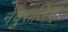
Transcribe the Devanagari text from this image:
नेचुरालिस्